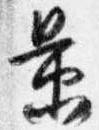
景